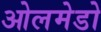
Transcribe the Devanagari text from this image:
ओलमेडो